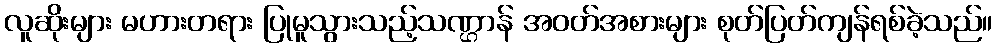
လူဆိုးများ မဟားတရား ပြုမူသွားသည့်သဏ္ဌာန် အဝတ်အစားများ စုတ်ပြတ်ကျန်ရစ်ခဲ့သည်။